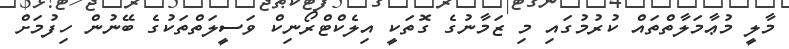
މާލީ މުޢާމަލާތްތައް ކުރުމުގައި މި ޒަމާނުގެ ގޮތަކީ އިލެކްޓްރޯނިކް ވަސީލަތްތަކުގެ ބޭނުން ހިފުމަށް